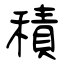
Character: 積